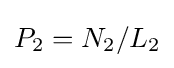
P_{2}=N_{2}/L_{2}